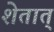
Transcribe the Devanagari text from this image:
शेतात्